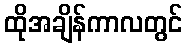
ထိုအချိန်ကာလတွင်